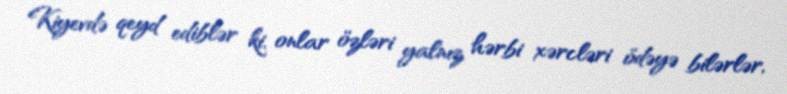
Kiyevdə qeyd ediblər ki, onlar özləri yalnız hərbi xərcləri ödəyə bilərlər,